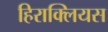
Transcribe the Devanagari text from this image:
हिराक्लियस